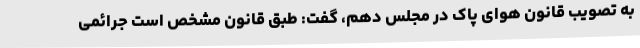
به تصویب قانون هوای پاک در مجلس دهم، گفت: طبق قانون مشخص است جرائمی